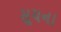
સૂચના